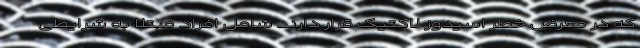
که در معرض خطر اسیدوز لاکتیک قرار دارند شامل افراد مبتلا به شرایطی